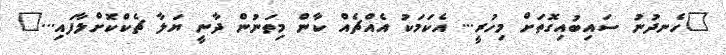
"ހެނދުނު ސައިބުއިގޮތަށް މިހުރީ... އެކަމަކު އެއްޗެއް ކާން މިތަނުން ދާނީ ޔަލާ ޗެކްކޮށްލާފައި..."